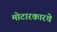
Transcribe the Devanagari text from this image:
मोटारकारचे